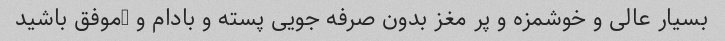
بسیار عالی و خوشمزه و پر مغز بدون صرفه جویی پسته و بادام و …موفق باشید